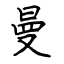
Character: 曼